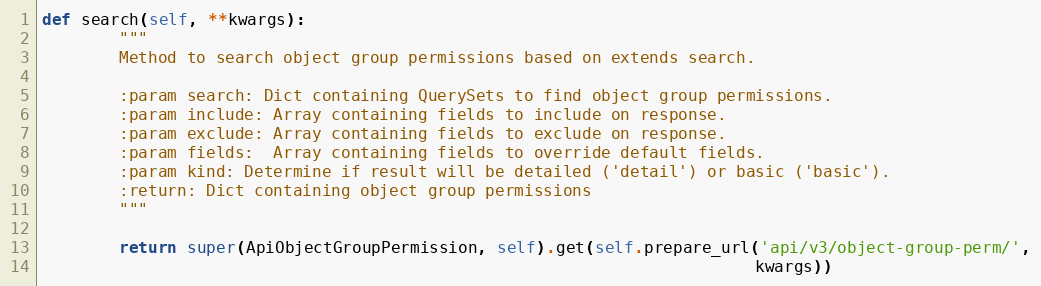
Language: Python
def search(self, **kwargs):
        """
        Method to search object group permissions based on extends search.

        :param search: Dict containing QuerySets to find object group permissions.
        :param include: Array containing fields to include on response.
        :param exclude: Array containing fields to exclude on response.
        :param fields:  Array containing fields to override default fields.
        :param kind: Determine if result will be detailed ('detail') or basic ('basic').
        :return: Dict containing object group permissions
        """

        return super(ApiObjectGroupPermission, self).get(self.prepare_url('api/v3/object-group-perm/',
                                                                          kwargs))